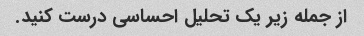
از جمله زیر یک تحلیل احساسی درست کنید.